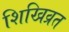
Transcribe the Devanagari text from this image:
शिखिव्रत